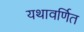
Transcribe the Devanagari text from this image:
यथावर्णित